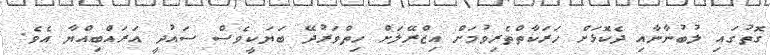
ގޮތުގައި ލުބުނާނާއި ދެކޮޅަށް ހަރަކާތްތެރިވުމަށް އިޒްރޭލަށް ހިތްވަރުދޭ ބަޔަކީވެސް ސައުދީ އަރައްބިއްޔާ އެވެ.